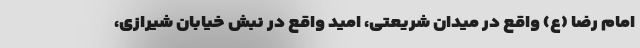
امام رضا (ع) واقع در میدان شریعتی، امید واقع در نبش خیابان شیرازی،